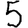
Digit: 5